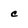
Character: c